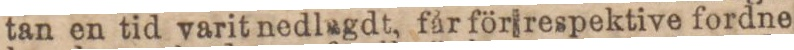
tan en tid varit nedlagdt, får för respektive fordne